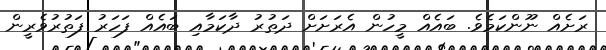
ރަށެއް ނޫންކަމެވެ. ބައެއް މީހުން އެރަށަށް ދަތުރު ދާކަމާއި ބައެއް ފަހަރު ފަތުރުވެރީން